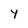
Character: y